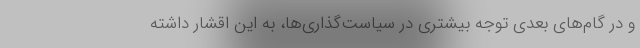
و در گام‌های بعدی توجه بیشتری در سیاست‌گذاری‌ها، به این اقشار داشته